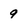
Character: 9